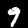
Digit: 9